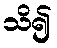
သိ၍